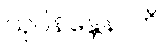
သုပိနန္တေနာတိ